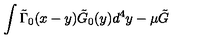
\int \tilde { \Gamma } _ { 0 } ( x - y ) \tilde { G } _ { 0 } ( y ) d ^ { 4 } y - \mu \tilde { G }